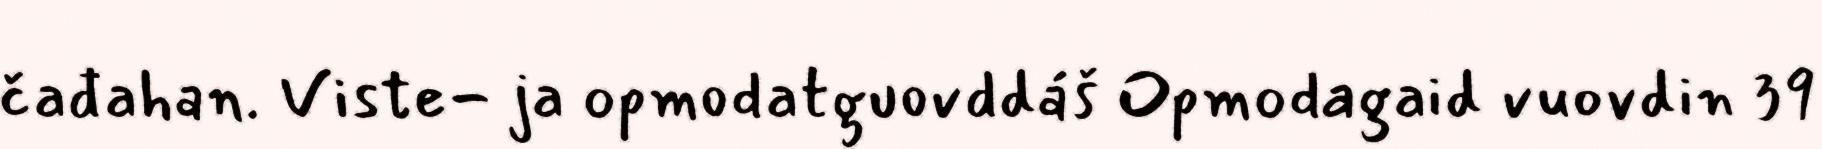
čađahan. Viste- ja opmodatguovddáš Opmodagaid vuovdin 39